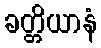
ခတ္တိယာနံ